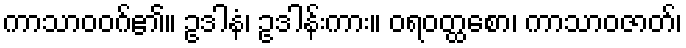
ကာသာဝဝဂ်၏။ ဥဒါနံ၊ ဥဒါန်းကား။ ဝရဝတ္ထစော၊ ကာသာဝဇာတ်၊